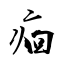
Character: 痐